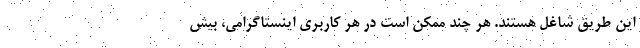
این طریق شاغل هستند. هر چند ممکن است در هر کاربری اینستاگرامی، بیش